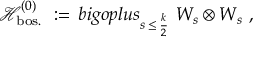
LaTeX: { \mathcal H } _ { \mathrm { b o s . } } ^ { ( 0 ) } \ : = \, b i g o p l u s _ { s \, \leq \, \frac k 2 } \ W _ { s } \otimes W _ { s } \ ,